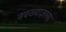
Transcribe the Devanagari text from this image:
नवख्याज्ञांना